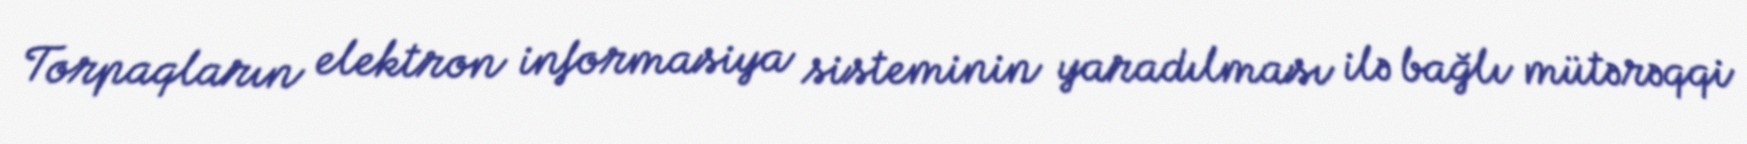
Torpaqların elektron informasiya sisteminin yaradılması ilə bağlı mütərəqqi